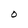
Character: 0